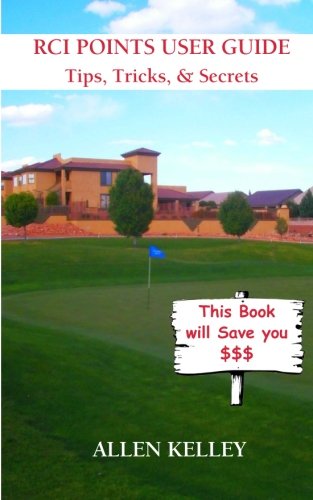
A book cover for RCI Points User Guide: Tips, Tricks and Secrets - A practical guide to understanding and using RCI Points; Mr Allen J. Kelley; Travel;